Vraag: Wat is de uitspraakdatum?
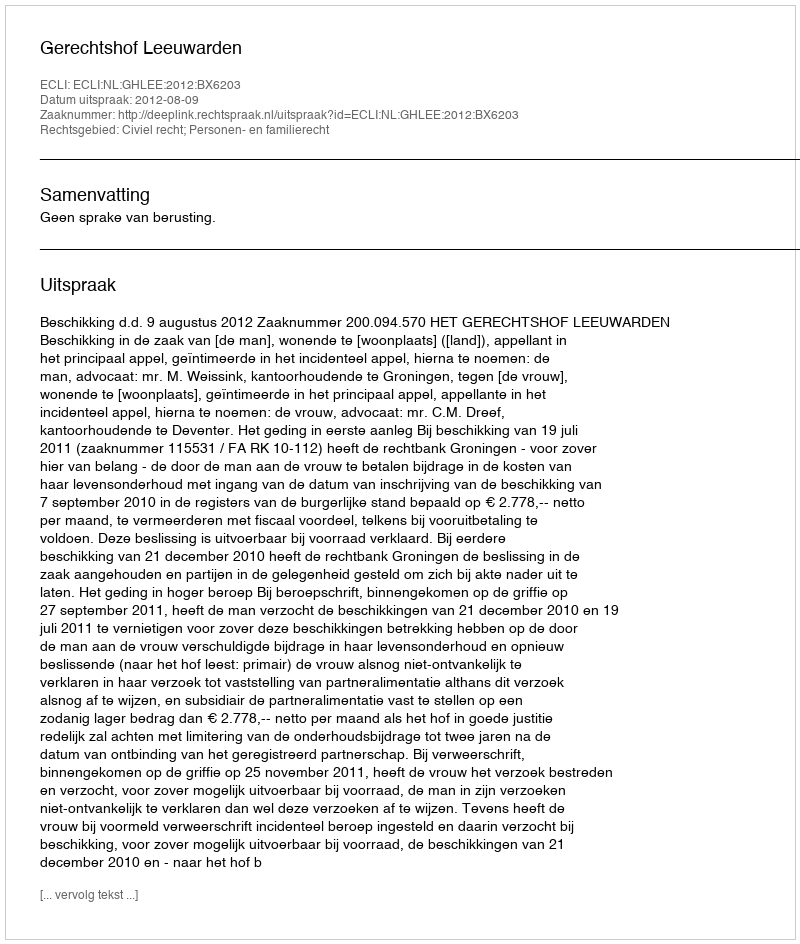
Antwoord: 2012-08-09